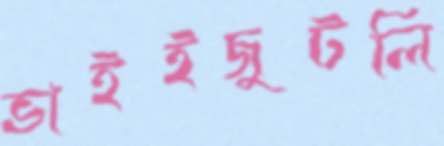
ভাইইজুটলি